65_HS1-834228961_62-HQ-83894_Serial_164
Agency: FBI
Page 51
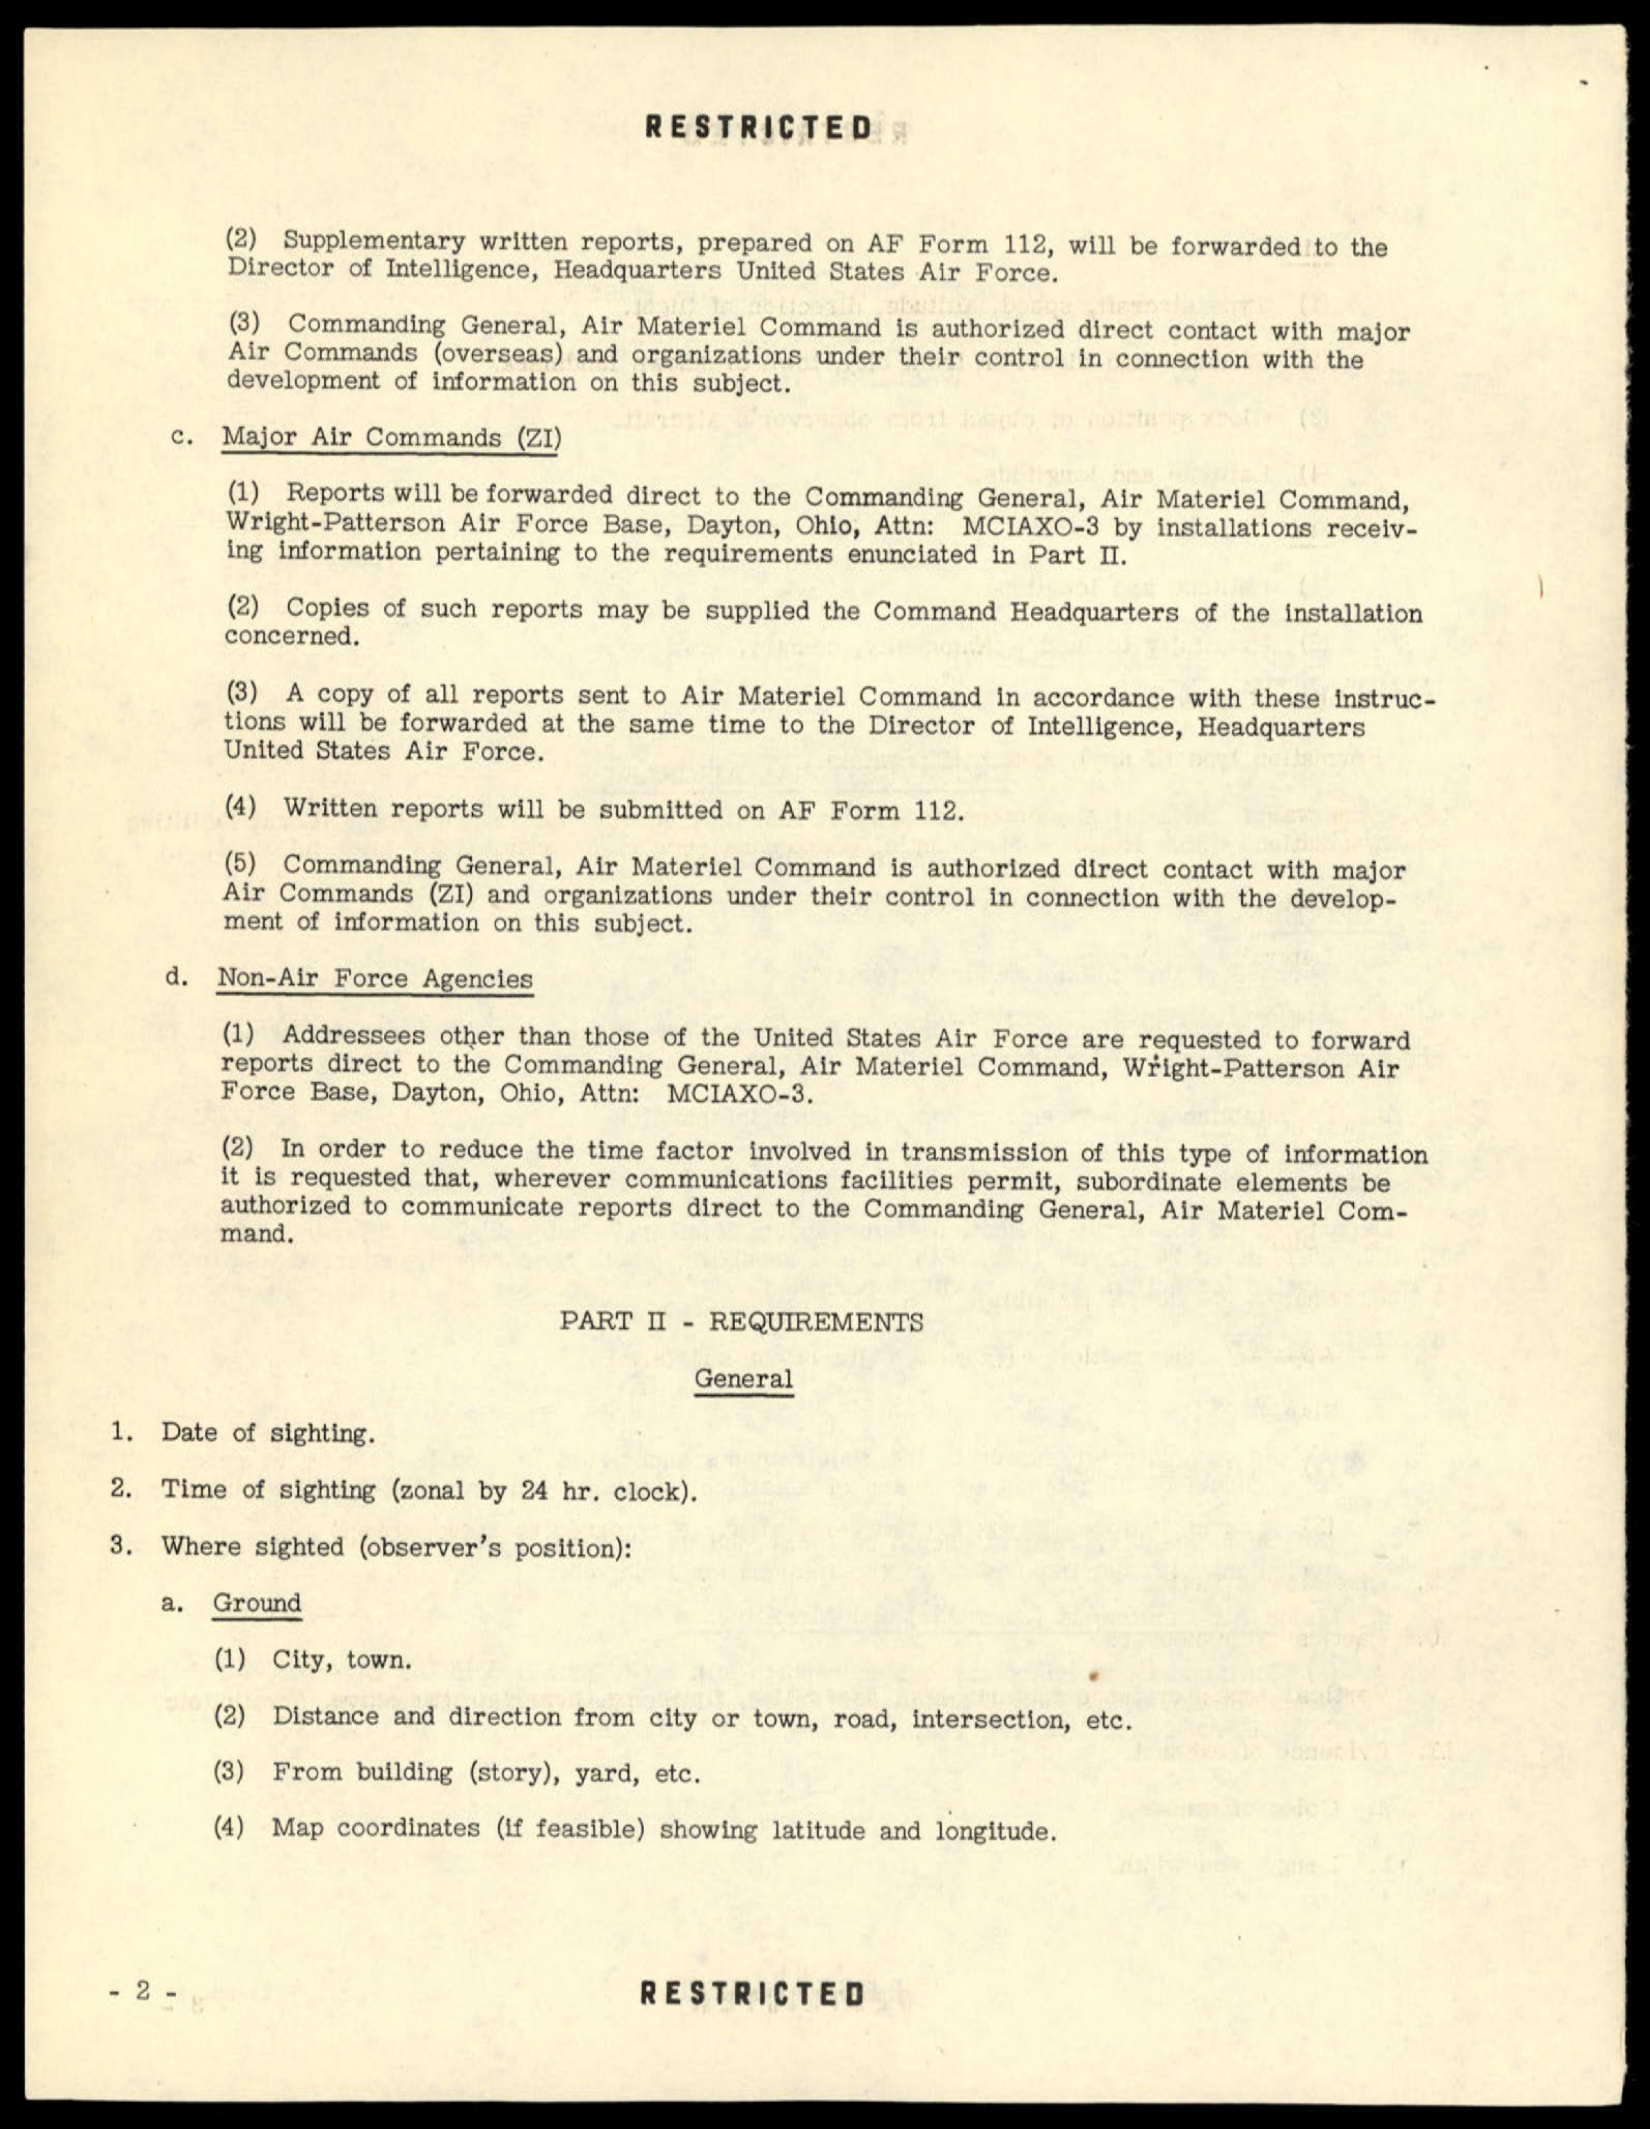